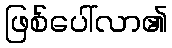
ဖြစ်ပေါ်လာ၏